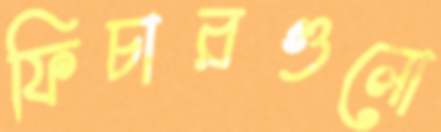
ফিচারগুলো